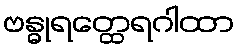
ဗန္ဓုရတ္ထေရဂါထာ